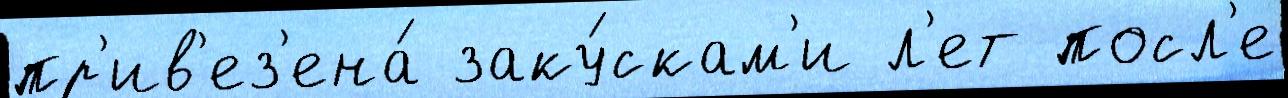
пр'ив'ез'ена́ заку́скам'и л'ет посл'е